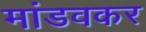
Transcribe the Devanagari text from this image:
मांडवकर